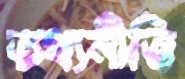
তথ্যনীতি